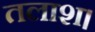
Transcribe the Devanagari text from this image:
तलाश।